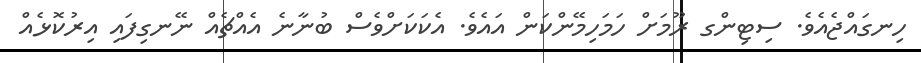
ހިނގައްޖެއެވެ. ސިޓިންގ ރޫމަށް ހަމަހިމޭންކަން އައެވެ. އެކަކަށްވެސް ބުނާނެ އެއްޗެއް ނޭނގިފައި އިރުކޮޅެއް